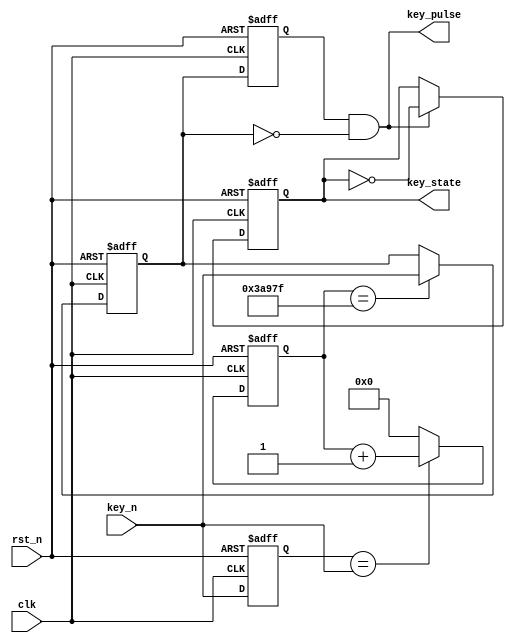
//********************************************************
//   Copyright(c)2016, STEP FPGA 
//   All rights reserved
//   Module name     :   debounce
//   Data            :   2016/08/01
//   Version         :   V1.0
//   Description     :   Debounce for button with FPGA/CPLD
//
//   Modification history
//   ----------------------------------------------------------------------------
// Version       
// Description
//
//********************************************************


//*******************
//DEFINE MODULE PORT
//*******************

module debounce 

(
		clk,				//system clock
		rst_n,				//system reset
		key_n,				//button input
		key_pulse,			//Debounce pulse output
		key_state			//Debounce state output
); 

	//*******************
	//DEFINE PARAMETER
	//*******************
	parameter			CNT_NUM = 19'd240000;
	
	//*******************
	//DEFINE INPUT
	//*******************
	input   		clk;			//system clock
	input   		rst_n;			//system reset
	input   		key_n;			//button input
	
	//*******************
	//DEFINE OUTPUT
	//*******************
	output  		key_pulse;		//Debounce pulse output
	output	reg		key_state;		//Debounce state output

	//*********************
	//INNER SIGNAL DECLARATION
	//*********************
	reg  		key_rst;  
	reg			low_sw;	
	reg			low_sw_r;
	wire		key_pulse;
	wire		key_an;
	reg	[18:0]	cnt;
	

	//Register key_rst, lock key_n to next clk
	always @(posedge clk  or  negedge rst_n)
		if (!rst_n) 
			key_rst <= 1'b1;
		else
			key_rst <=key_n;

	//Detect the edge of key_n
	assign  key_an = (key_rst==key_n)? 0:1;


	//Count the number of clk when a edge of key_n is occured
	always @ (posedge clk  or negedge rst_n)
		if (!rst_n) 
			cnt <= 19'd0;
		else if(key_an) 
			cnt <=19'd0;
		else 
			cnt <= cnt + 1'b1;


	//Lock the status to register low_sw when cnt count to CNT_NUM(20ms)
	always @(posedge clk  or  negedge rst_n)
		if (!rst_n)  
			low_sw <= 1'b1;
		else if (cnt == CNT_NUM-1)
			low_sw <= key_n;


	//Register low_sw_r, lock low_sw to next clk
	always @ ( posedge clk  or  negedge rst_n )
		if (!rst_n) 
			low_sw_r <= 1'b1;
		else  
			low_sw_r <= low_sw;


	//Detect the negedge of low_sw, generate pulse
	assign key_pulse= low_sw_r & ( ~low_sw);

	//Detect the negedge of low_sw, generate state
	always @(posedge clk or negedge rst_n)
		if (!rst_n)
			key_state <= 1'b1;
		else if(key_pulse)
			key_state <= ~key_state;
		else
			key_state <= key_state;

endmodule